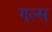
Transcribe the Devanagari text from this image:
गल्स